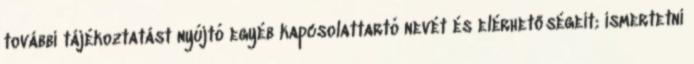
további tájékoztatást nyújtó egyéb kapcsolattartó nevét és elérhetőségeit; ismertetni